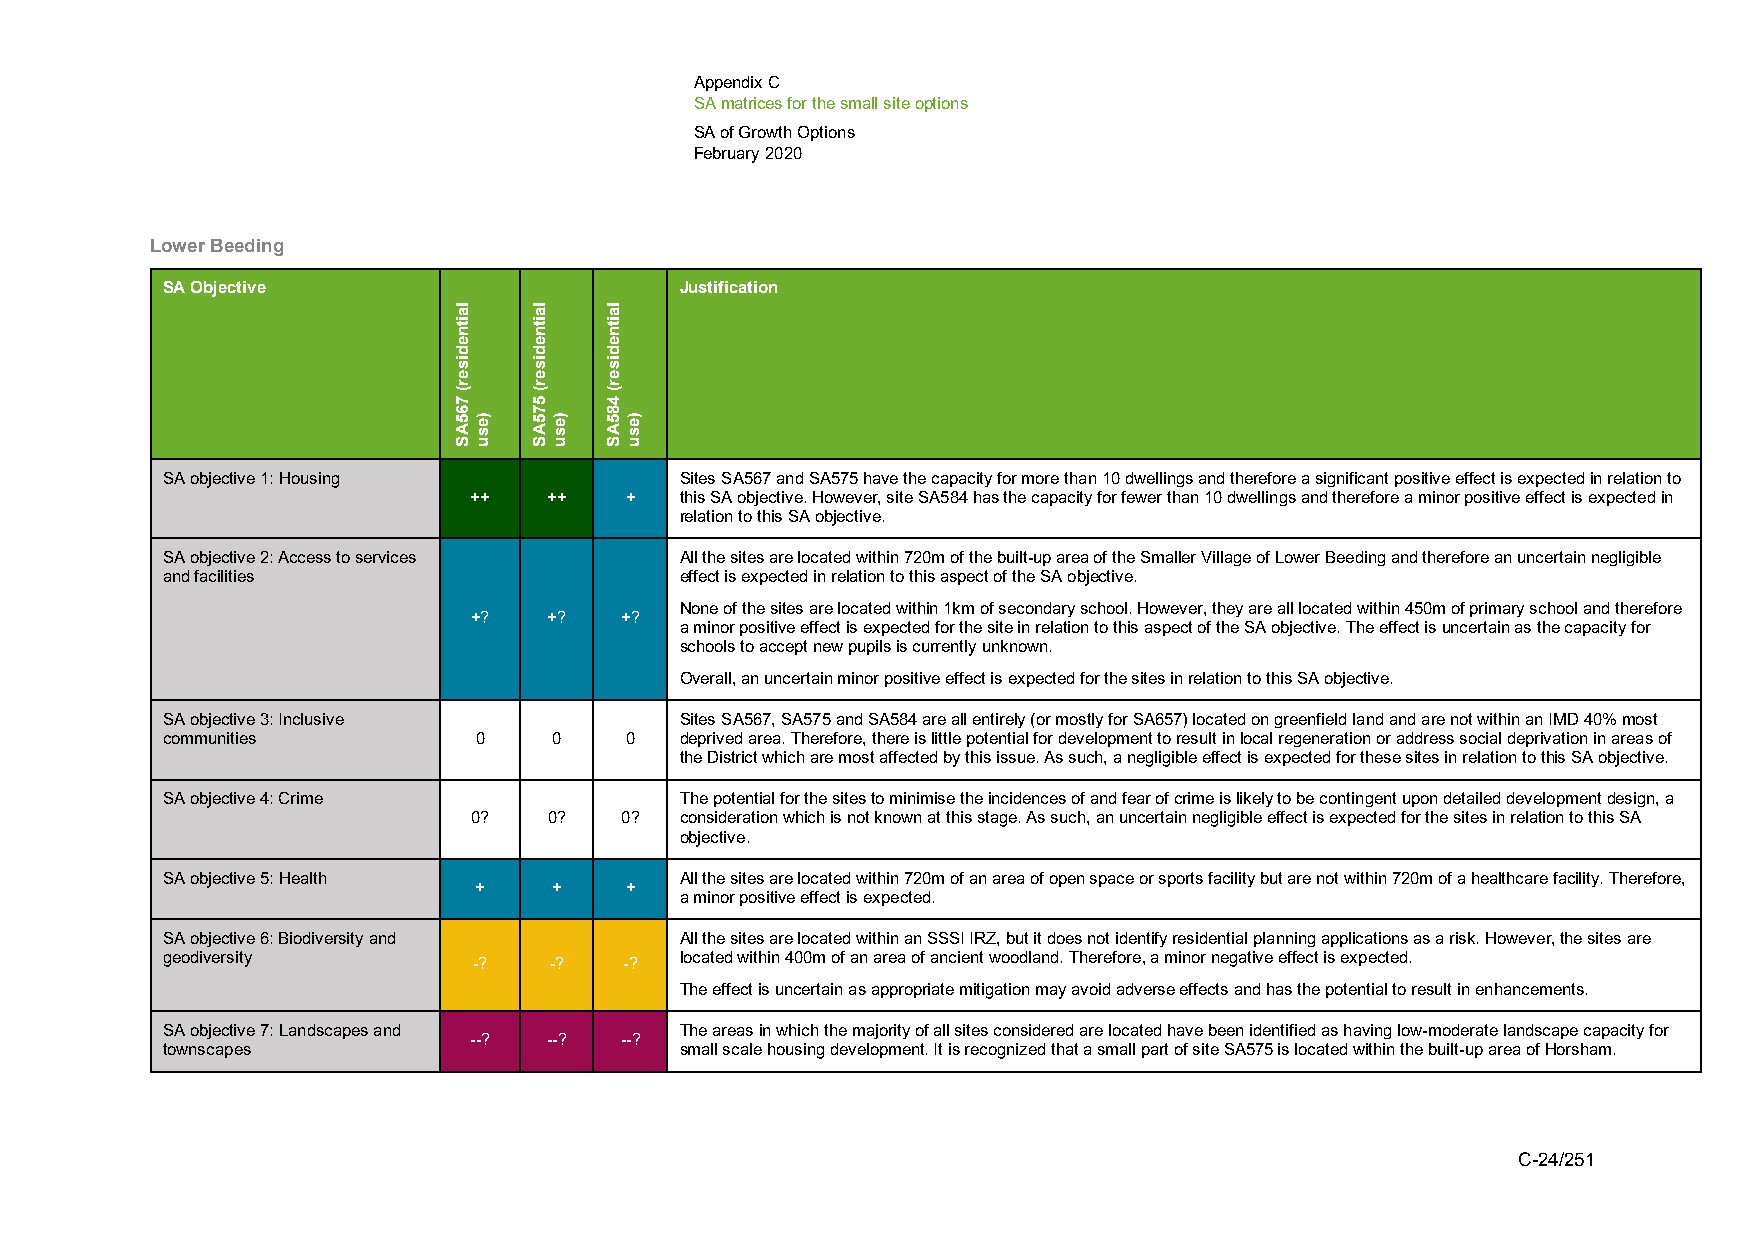
Appendix C
 SA matrices for the small site options
 SA of Growth Options
 February 2020
 Lower Beeding
 SA Objective                      Justification
 SA objective 1: Housing           Sites SA567 and SA575 have the capacity for more than 10 dwellings and therefore a significant positive effect is expected in relation to
 ++   ++   +   this SA objective. However, site SA584 has the capacity for fewer than 10 dwellings and therefore a minor positive effect is expected in
 relation to this SA objective.
 SA objective 2: Access to services All the sites are located within 720m of the built-up area of the Smaller Village of Lower Beeding and therefore an uncertain negligible
 and facilities                    effect is expected in relation to this aspect of the SA objective.
 None of the sites are located within 1km of secondary school. However, they are all located within 450m of primary school and therefore
 +?   +?   +?
 a minor positive effect is expected for the site in relation to this aspect of the SA objective. The effect is uncertain as the capacity for
 schools to accept new pupils is currently unknown.
 Overall, an uncertain minor positive effect is expected for the sites in relation to this SA objective.
 SA objective 3: Inclusive         Sites SA567, SA575 and SA584 are all entirely (or mostly for SA657) located on greenfield land and are not within an IMD 40% most
 communities         0     0   0   deprived area. Therefore, there is little potential for development to result in local regeneration or address social deprivation in areas of
 the District which are most affected by this issue. As such, a negligible effect is expected for these sites in relation to this SA objective.
 SA objective 4: Crime             The potential for the sites to minimise the incidences of and fear of crime is likely to be contingent upon detailed development design, a
 0?   0?   0?  consideration which is not known at this stage. As such, an uncertain negligible effect is expected for the sites in relation to this SA
 objective.
 SA objective 5: Health            All the sites are located within 720m of an area of open space or sports facility but are not within 720m of a healthcare facility. Therefore,
 +     +   +
 a minor positive effect is expected.
 SA objective 6: Biodiversity and  All the sites are located within an SSSI IRZ, but it does not identify residential planning applications as a risk. However, the sites are
 geodiversity        -?   -?   -?  located within 400m of an area of ancient woodland. Therefore, a minor negative effect is expected.
 The effect is uncertain as appropriate mitigation may avoid adverse effects and has the potential to result in enhancements.
 SA objective 7: Landscapes and    The areas in which the majority of all sites considered are located have been identified as having low-moderate landscape capacity for
 --?  --?  --?
 townscapes                        small scale housing development. It is recognized that a small part of site SA575 is located within the built-up area of Horsham.
 C-24/251
 laitnediser(
 765AS
 )esu
 laitnediser(
 575AS
 )esu
 laitnediser(
 485AS
 )esu